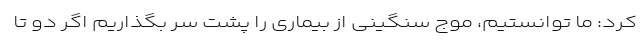
کرد: ما توانستیم، موج سنگینی از بیماری را پشت سر بگذاریم اگر دو تا